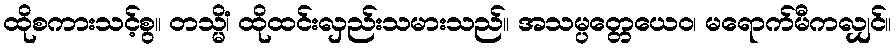
ထိုစကားသင့်စွ။ တသ္မိံ၊ ထိုထင်းလှည်းသမားသည်။ အသမ္ပတ္တေယေဝ၊ မရောက်မီကလျှင်။